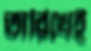
তারিখেই